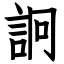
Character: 詗